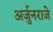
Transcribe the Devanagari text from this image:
अर्जुनराजे